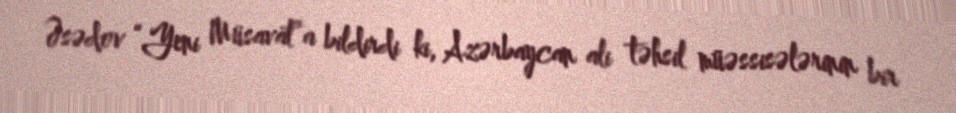
Əsədov “Yeni Müsavat”a bildirdi ki, Azərbaycan ali təhsil müəssisələrinin bir